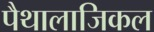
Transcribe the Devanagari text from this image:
पैथालाजिकल